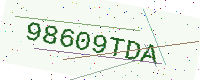
Text: 98609TDA